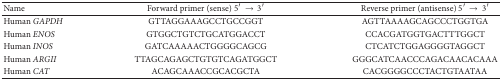
| Name | Forward primer (sense) 5′ → 3′ | Reverse primer (antisense) 5′ → 3′ |
 | --- | --- | --- |
 | Human GAPDH | GTTAGGAAAGCCTGCCGGT | AGTTAAAAGCAGCCCTGGTGA |
 | Human ENOS | GTGGCTGTCTGCATGGACCT | CCACGATGGTGACTTTGGCT |
 | Human INOS | GATCAAAAACTGGGGCAGCG | CTCATCTGGAGGGGTAGGCT |
 | Human ARGII | TTAGCAGAGCTGTGTCAGATGGCT | GGGCATCAACCCAGACAACACAAA |
 | Human CAT | ACAGCAAACCGCACGCTA | CACGGGGCCCTACTGTAATAA |